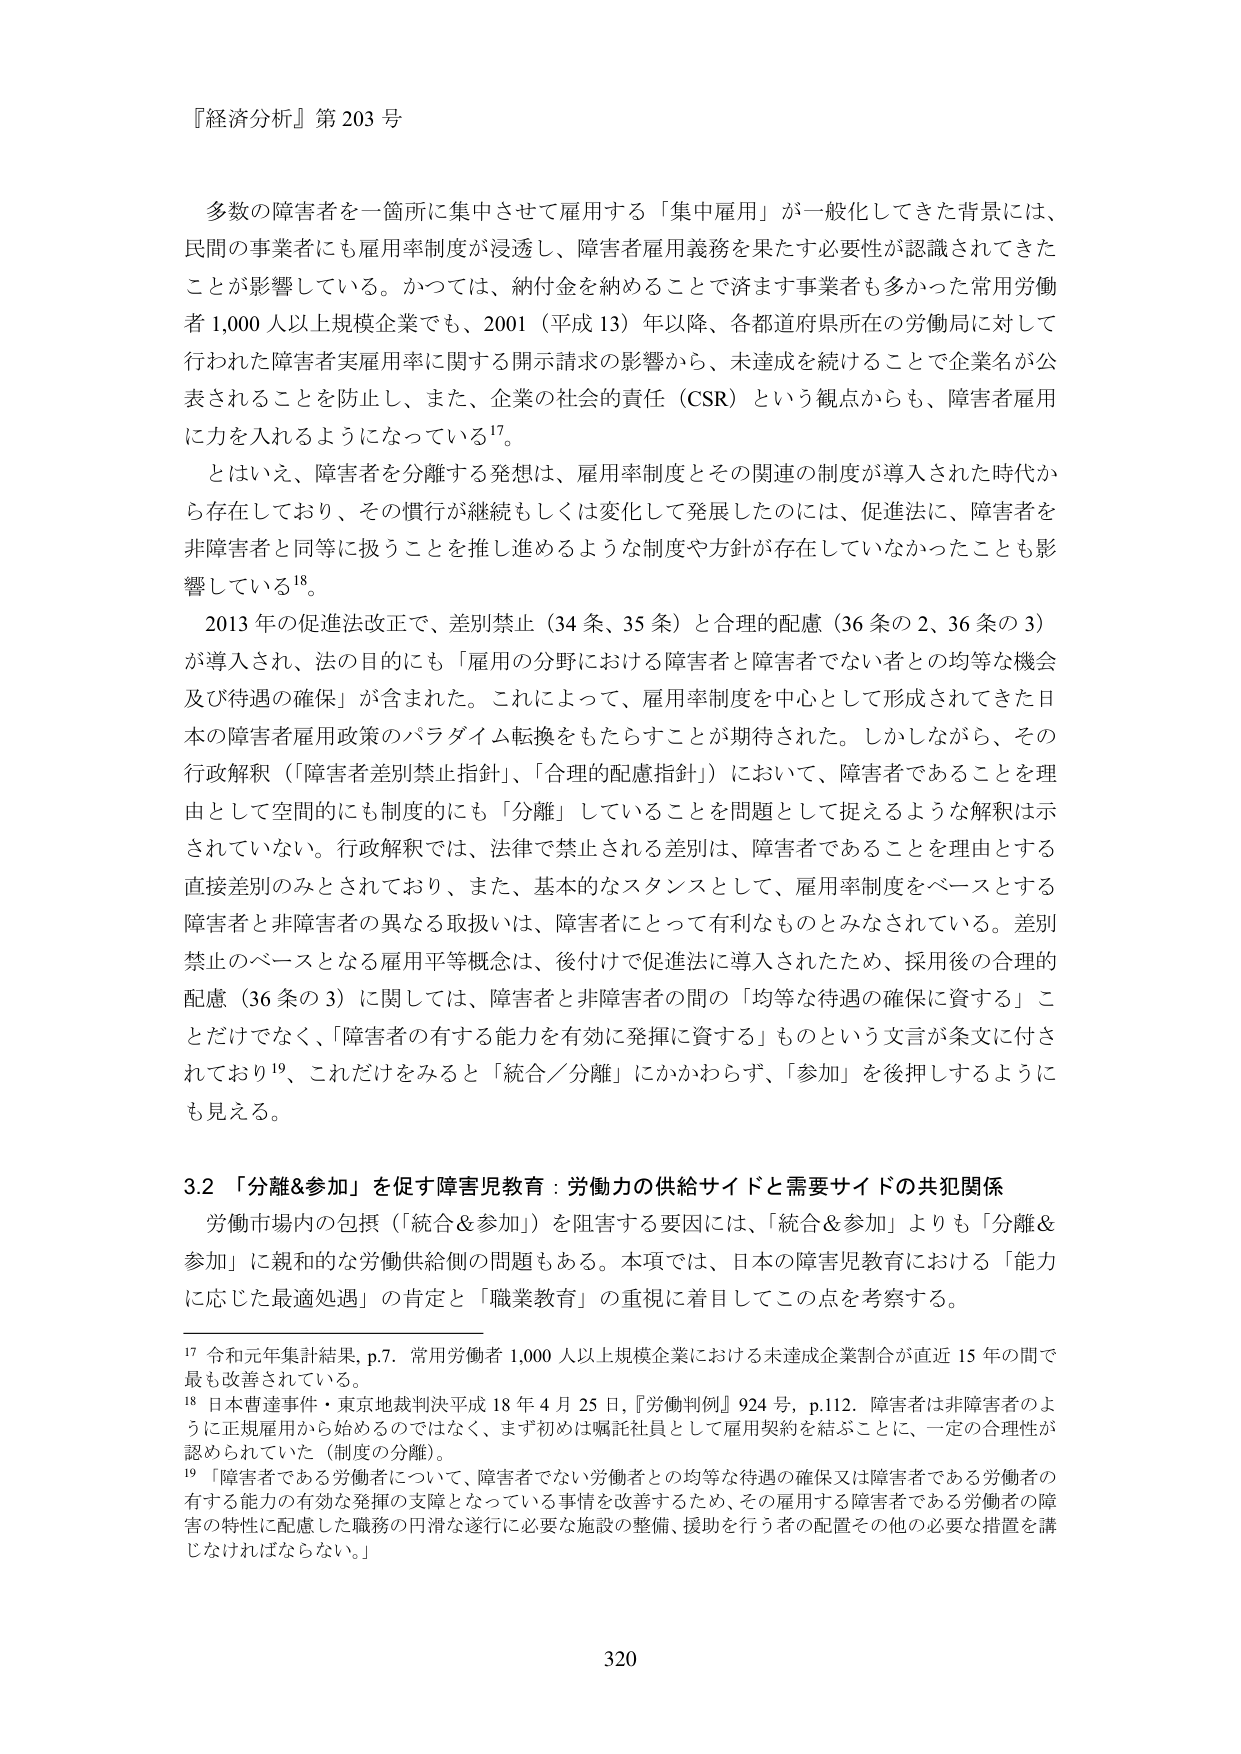
『経済分析』第203号

多数の障害者を一箇所に集中させて雇用する「集中雇用」が一般化してきた背景には、民間の事業者にも雇用率制度が浸透し、障害者雇用義務を果たす必要性が認識されてきたことが影響している。かつては、納付金を納めることで済ます事業者も多かった常用労働者1,000人以上規模企業でも、2001（平成13）年以降、各都道府県所在の労働局に対して行われた障害者実雇用率に関する開示請求の影響から、未達成を続けることで企業名が公表されることを防止し、また、企業の社会的責任（CSR）という観点からも、障害者雇用に力を入れるようになっている¹⁷。

とはいえ、障害者を分離する発想は、雇用率制度とその関連の制度が導入された時代から存在しており、その慣行が継続もしくは変化して発展したのは、促進法に、障害者を非障害者と同等に扱うことを推し進めるような制度や方針が存在していなかったことも影響している¹⁸。

2013年の促進法改正で、差別禁止（34条、35条）と合理的配慮（36条の2、36条の3）が導入され、法の目的にも「雇用の分野における障害者と障害者でない者との均等な機会及び待遇の確保」が含まれた。これによって、雇用率制度を中心として形成されてきた日本の障害者雇用政策のパラダイム転換をもたらすことが期待された。しかしながら、その行政解釈（「障害者差別禁止指針」、「合理的配慮指針」）において、障害者であることを理由として空間的にも制度的にも「分離」していることを問題として捉えるような解釈は示されていない。行政解釈では、法律で禁止される差別は、障害者であることを理由とする直接差別のみとされており、また、基本的なスタンスとして、雇用率制度をベースとする障害者と非障害者の異なる取扱いは、障害者にとって有利なものとみなされている。差別禁止のベースとなる雇用平等概念は、後付けで促進法に導入されたため、採用後の合理的配慮（36条の3）に関しては、障害者と非障害者の間の「均等な待遇の確保に資する」ことだけでなく、「障害者の有する能力を有効に発揮に資する」ものという文言が条文に付されており¹⁹、これだけをみると「統合／分離」にかかわらず、「参加」を後押しするようにも見える。

3.2 「分離＆参加」を促す障害児教育：労働力の供給サイドと需要サイドの共犯関係

労働市場内の包摂（「統合＆参加」）を阻害する要因には、「統合＆参加」よりも「分離＆参加」に親和的な労働供給側の問題もある。本項では、日本の障害児教育における「能力に応じた最適処遇」の肯定と「職業教育」の重視に着目してこの点を考察する。

¹⁷ 令和元年集計結果, p.7. 常用労働者1,000人以上規模企業における未達成企業割合が直近15年の間で最も改善されている。

¹⁸ 日本曹達事件・東京地裁判決平成18年4月25日,『労働判例』924号, p.112. 障害者は非障害者のように正規雇用から始めるのではなく、まず初めは嘱託社員として雇用契約を結ぶことに、一定の合理性が認められていた（制度の分離）。

¹⁹ 「障害者である労働者について、障害者でない労働者との均等な待遇の確保又は障害者である労働者の有する能力の有効な発揮の支援となっている事情を改善するため、その雇用する障害者である労働者の障害の特性に配慮した職務の円滑な遂行に必要な施設の整備、援助を行う者の配置その他必要な措置を講じなければならない。」

320